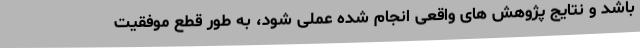
باشد و نتایج پژوهش های واقعی انجام شده عملی شود، به طور قطع موفقیت